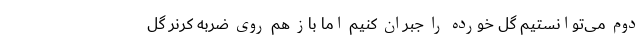
دوم می‌توانستیم گل خورده را جبران کنیم اما باز هم روی ضربه کرنر گل